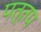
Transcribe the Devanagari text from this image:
पत्तप